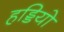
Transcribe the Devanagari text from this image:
हड्डियो